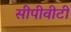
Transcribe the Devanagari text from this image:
सीपीवीटी